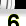
Digit: 6